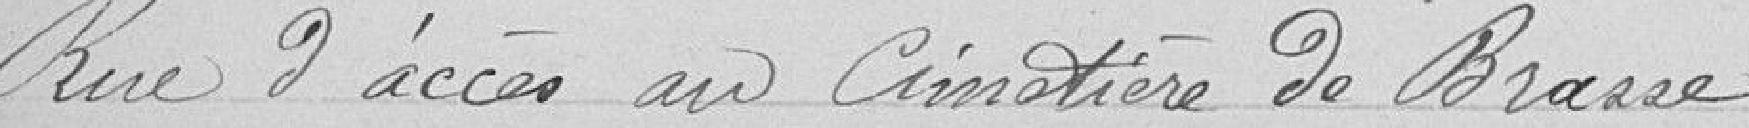
Rue d'accès au Cimetière de Brasse